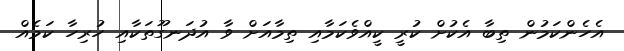
އެހެންކަމުން ތިބާ އެކުށް ކުރީ ކީއްވެކަމާއި ތިމާއަށް ވާ އުދަނގޫތަކާއި ހުރިހާ ކަމެއް